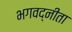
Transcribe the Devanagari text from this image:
भगवद्नीता